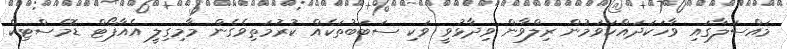
މައްސަލާގައި ވާހަކަދައްކަވަމުން ރިލްވާން ވިދާޅުވީ ވަކި ސަބަބުތަކެއް ކުރުމަތިވެގެން މާމިގިލީ އެއާޕޯޓް ޑޮމެސްޓިކް